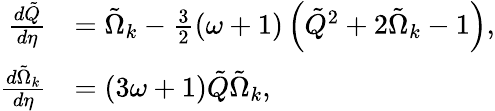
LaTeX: \begin{array}{rl}{\frac{d{\tilde{Q}}}{d\eta}}&{=\tilde{\Omega}_{k}-\frac{3}{2}(\omega+1)\left({\tilde{Q}}^{2}+2\tilde{\Omega}_{k}-1\right),}\\ {\frac{d{\tilde{\Omega}_{k}}}{d\eta}}&{=(3\omega+1){\tilde{Q}}\tilde{\Omega}_{k},}\end{array}